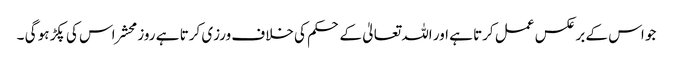
جو اس کے بر عکس عمل کرتا ہے اور اللہ تعالیٰ کے حکم کی خلاف ورزی کرتا ہے روز محشر اس کی پکڑ ہو گی ۔